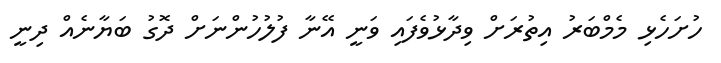
ހުށަހެޅި މެމްބަރު އިތުރަށް ވިދާޅުވެފައި ވަނީ އޭނާ ފުލުހުންނަށް ދޮގު ބަޔާނެއް ދިނީ